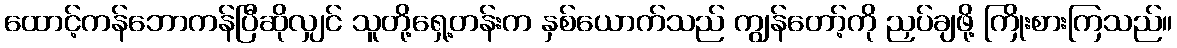
ထောင့်ကန်ဘောကန်ပြီဆိုလျှင် သူတို့ရှေ့တန်းက နှစ်ယောက်သည် ကျွန်တော့်ကို ညှပ်ချဖို့ ကြိုးစားကြသည်။